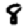
Digit: 8